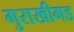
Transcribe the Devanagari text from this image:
गुराखीगड